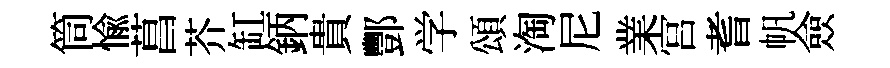
筒愉菖芥缸鈵貴酆学頌淘尼業宫耆帆僉